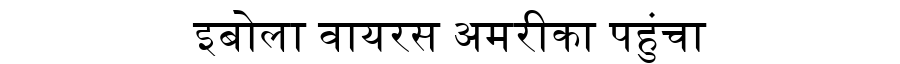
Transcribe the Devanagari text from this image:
इबोला वायरस अमरीका पहुंचा